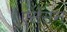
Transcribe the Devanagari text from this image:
एसेसन